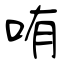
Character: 哊